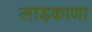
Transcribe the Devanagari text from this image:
लाड़काणा